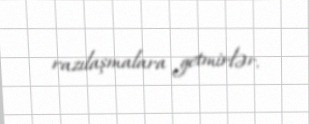
razılaşmalara getmirlər.